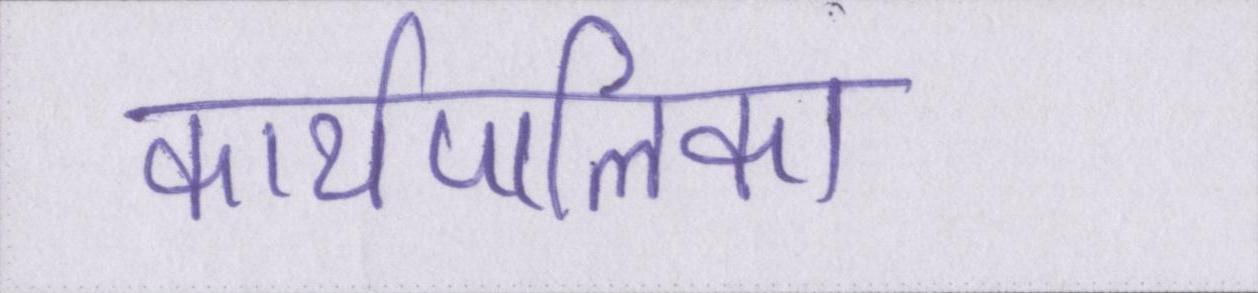
कार्यपालिका